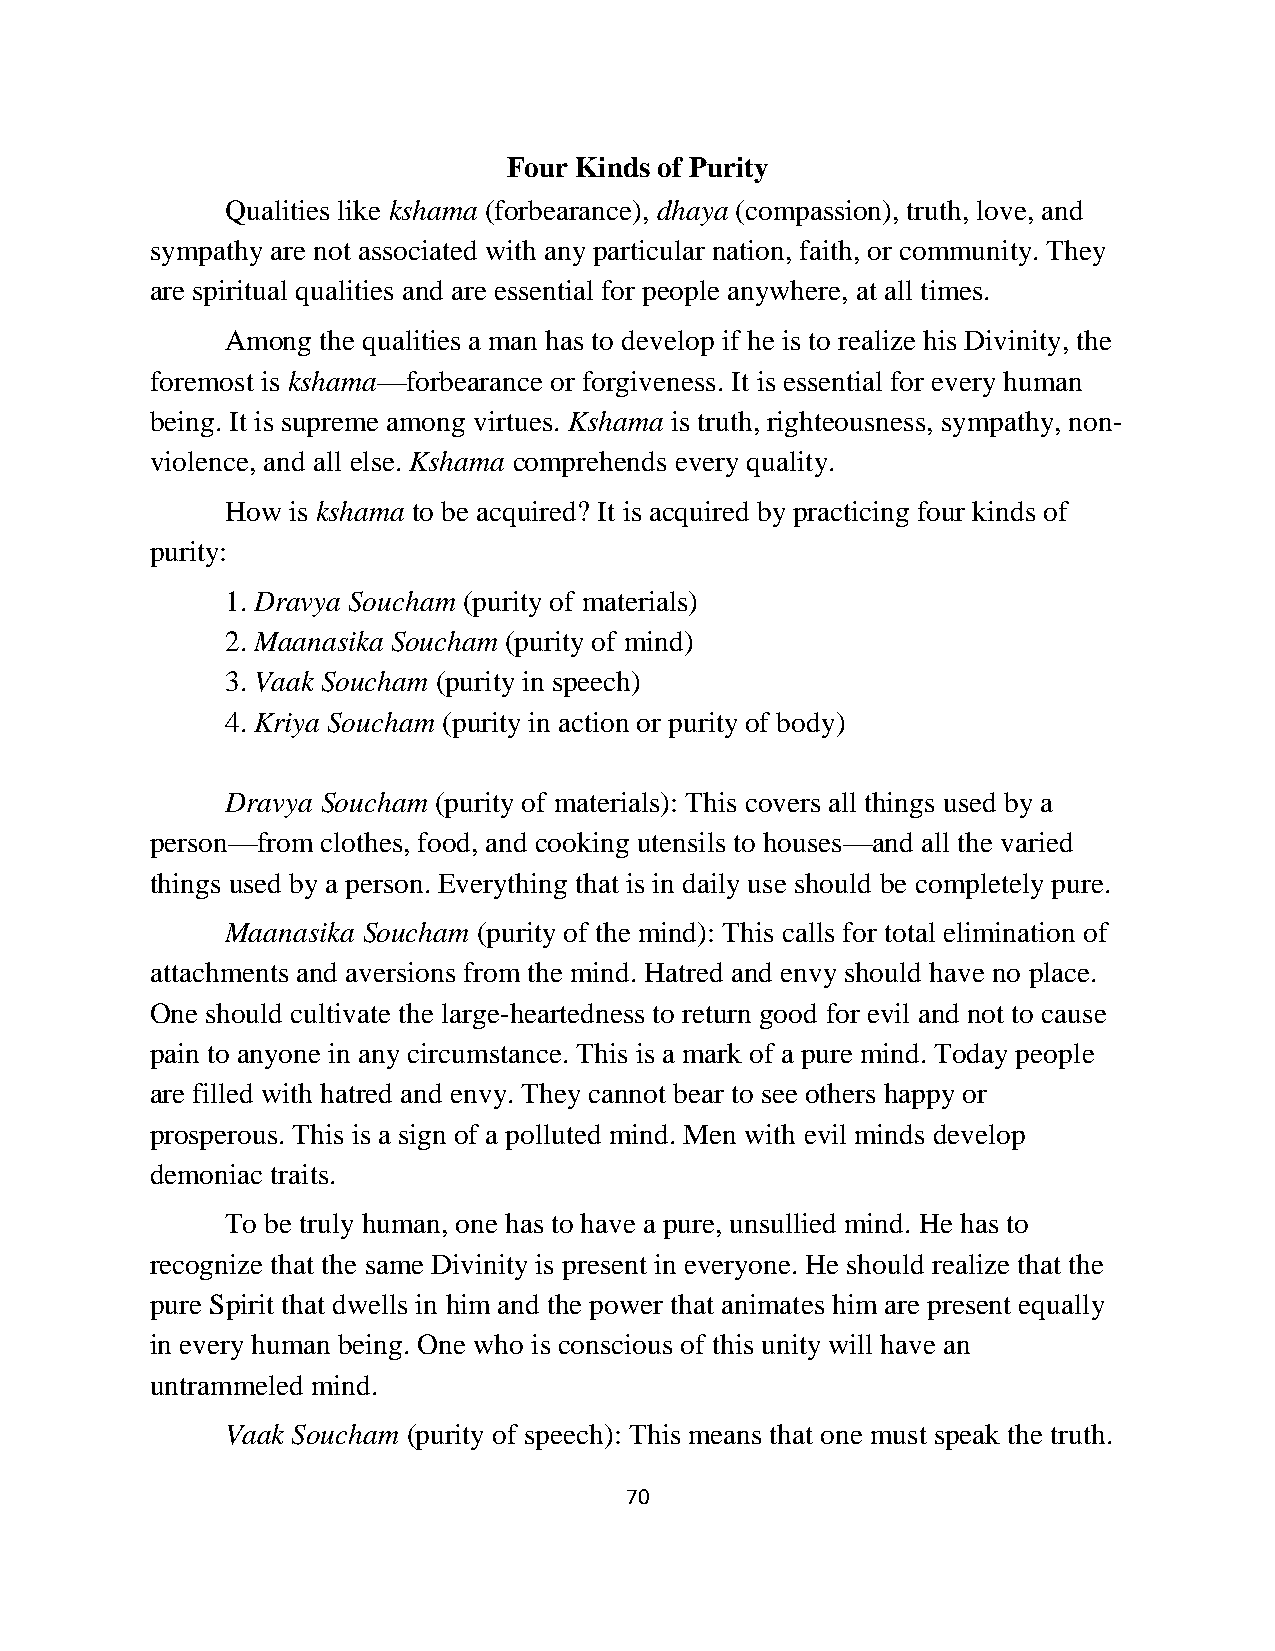
Four Kinds of Purity
 Qualities like kshama (forbearance), dhaya (compassion), truth, love, and
 sympathy are not associated with any particular nation, faith, or community. They
 are spiritual qualities and are essential for people anywhere, at all times.
 Among the qualities a man has to develop if he is to realize his Divinity, the
 foremost is kshama—forbearance or forgiveness. It is essential for every human
 being. It is supreme among virtues. Kshama is truth, righteousness, sympathy, non-
 violence, and all else. Kshama comprehends every quality.
 How is kshama to be acquired? It is acquired by practicing four kinds of
 purity:
 1. Dravya Soucham (purity of materials)
 2. Maanasika Soucham (purity of mind)
 3. Vaak Soucham (purity in speech)
 4. Kriya Soucham (purity in action or purity of body)
 Dravya Soucham (purity of materials): This covers all things used by a
 person—from clothes, food, and cooking utensils to houses—and all the varied
 things used by a person. Everything that is in daily use should be completely pure.
 Maanasika Soucham (purity of the mind): This calls for total elimination of
 attachments and aversions from the mind. Hatred and envy should have no place.
 One should cultivate the large-heartedness to return good for evil and not to cause
 pain to anyone in any circumstance. This is a mark of a pure mind. Today people
 are filled with hatred and envy. They cannot bear to see others happy or
 prosperous. This is a sign of a polluted mind. Men with evil minds develop
 demoniac traits.
 To be truly human, one has to have a pure, unsullied mind. He has to
 recognize that the same Divinity is present in everyone. He should realize that the
 pure Spirit that dwells in him and the power that animates him are present equally
 in every human being. One who is conscious of this unity will have an
 untrammeled mind.
 Vaak Soucham (purity of speech): This means that one must speak the truth.
 70